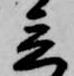
立